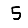
Digit: 5